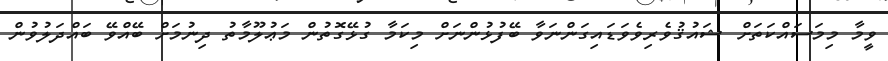
ވީމާ މިމަސައްކަތަށް ޝައުޤުވެރިވެވަޑައިގަންނަވާ ބޭފުޅުންނަށް މިކަމާ ގުޅޭގޮތުން މަޢުލޫމާތު ދިނުމަށް ބޭއްވޭ ބައްދަލުވުން